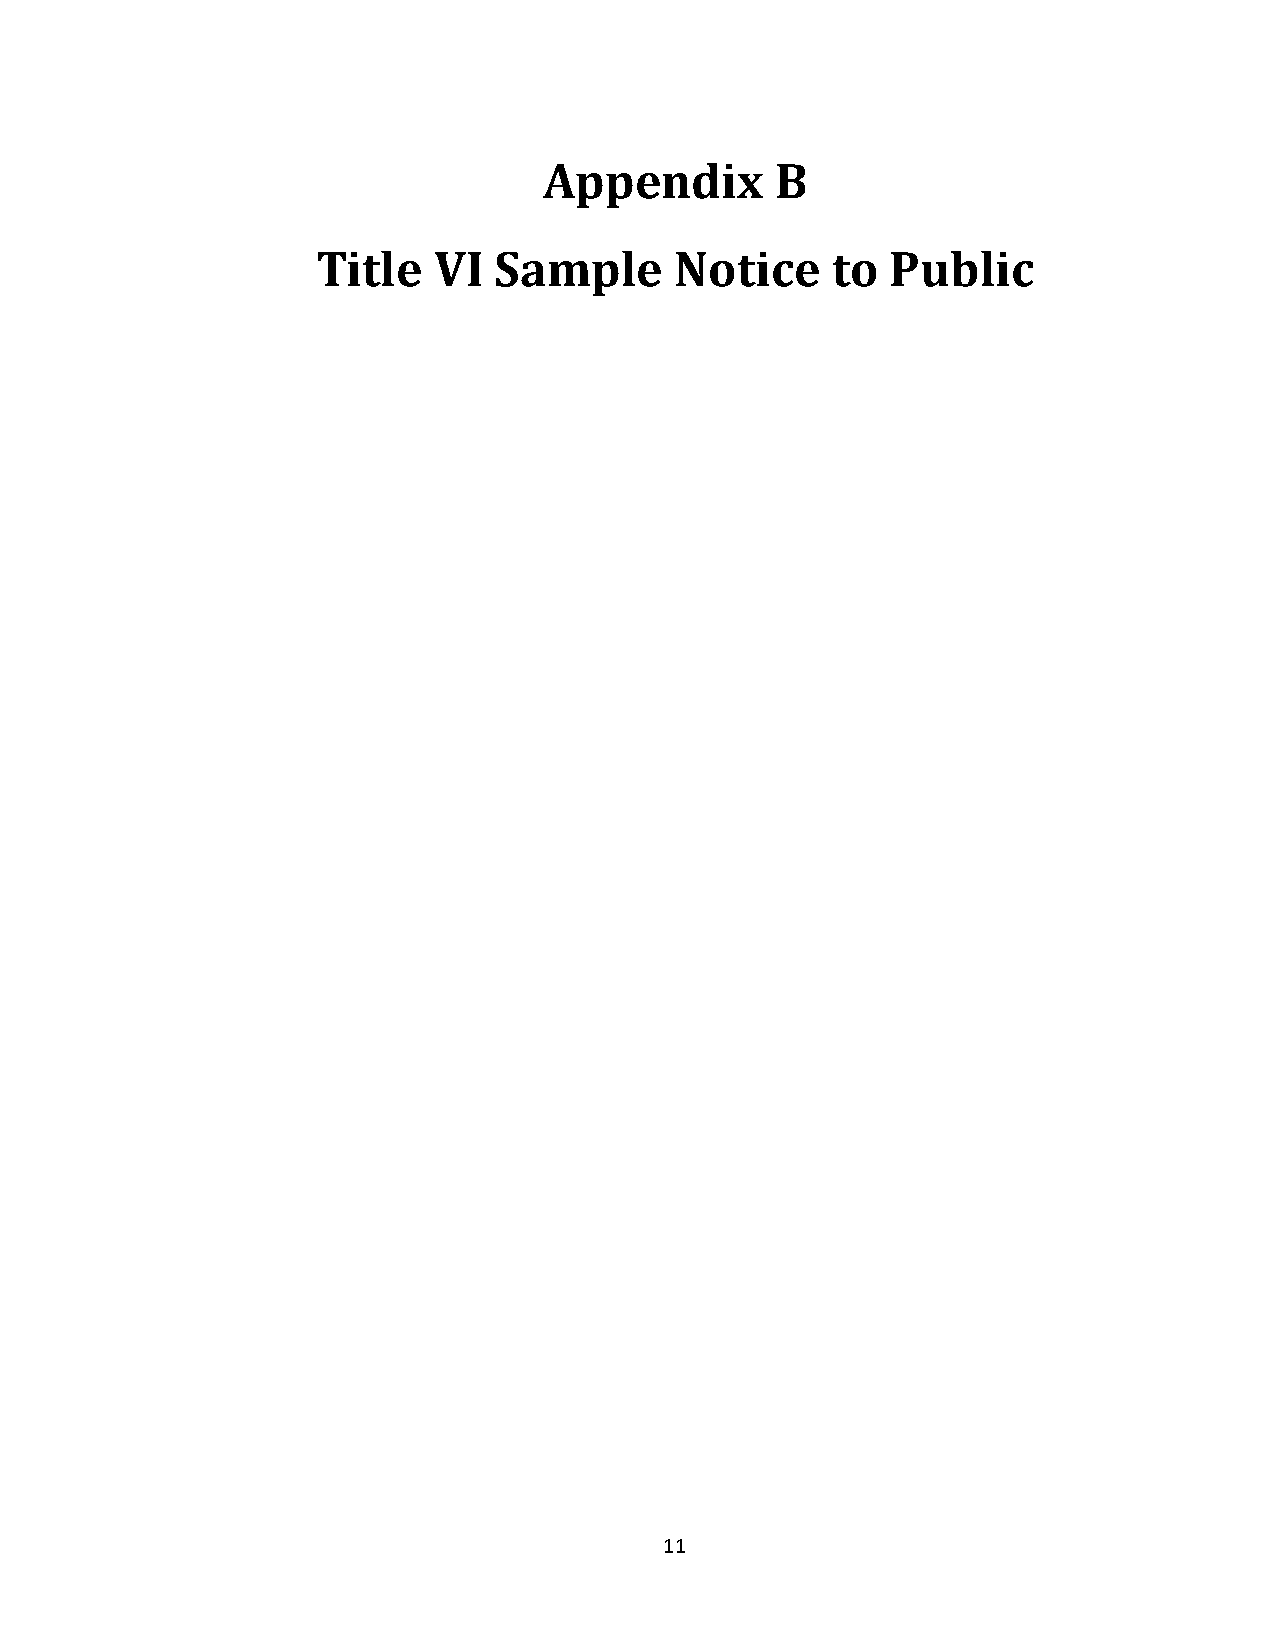
Appendix       B
 Title   VI  Sample      Notice    to  Public
 11